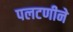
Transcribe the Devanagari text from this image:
पलटणीने